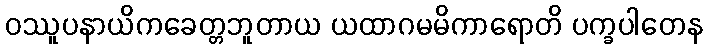
ဝဿူပနာယိကခေတ္တဘူတာယ ယထာဂမမိကာရောတိ ပက္ခပါတေန